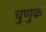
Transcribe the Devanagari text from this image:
चुणुक